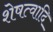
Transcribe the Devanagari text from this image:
शेषत्वादि